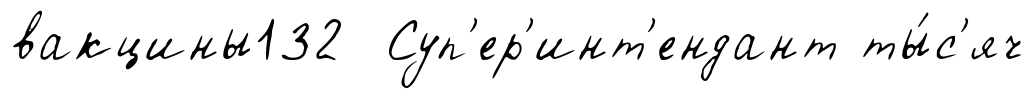
вакцины132 Суп'ер'инт'ендант ты́с'яч